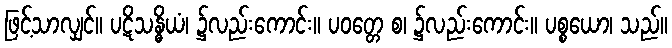
ဖြင့်သာလျှင်။ ပဋိသန္ဓိယံ၊ ၌လည်းကောင်း။ ပဝတ္တေ စ၊ ၌လည်းကောင်း။ ပစ္စယော၊ သည်။